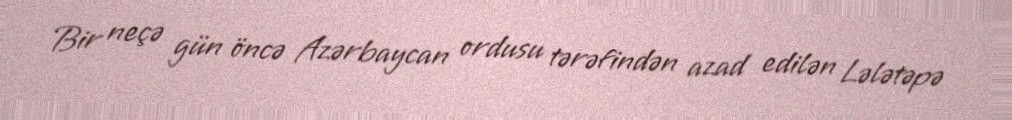
Bir neçə gün öncə Azərbaycan ordusu tərəfindən azad edilən Lələtəpə